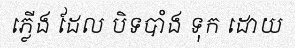
ភ្លើង ដែល បិទបាំង ទុក ដោយ